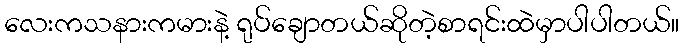
လေးကသနားကမားနဲ့ ရုပ်ချောတယ်ဆိုတဲ့စာရင်းထဲမှာပါပါတယ်။